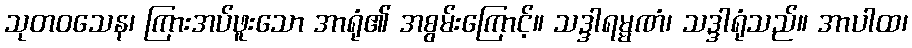
သုတဝသေန၊ ကြားအပ်ဖူးသော အာရုံ၏ အစွမ်းကြောင့်။ သဒ္ဒါရမ္မဏံ၊ သဒ္ဒါရုံသည်။ အာပါထ၊